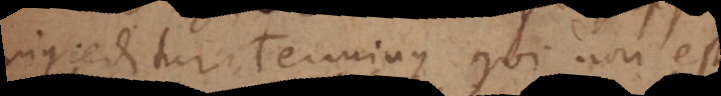
ingreditur Terminus qui non est